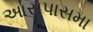
આસપાસમા